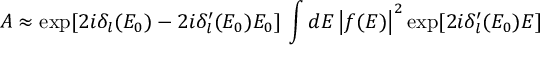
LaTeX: A \approx \exp [ 2 i \delta _ { l } ( E _ { 0 } ) - 2 i \delta _ { l } ^ { \prime } ( E _ { 0 } ) E _ { 0 } ] \, \int { d E \left| { f ( E ) } \right| ^ { 2 } \exp [ 2 i \delta _ { l } ^ { \prime } ( E _ { 0 } ) E ] }